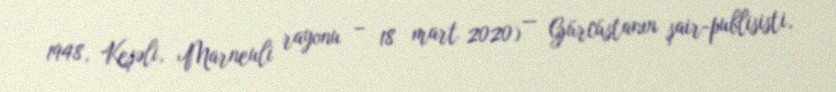
1948, Keşəli, Marneuli rayonu – 18 mart 2020) — Gürcüstanın şair-publisisti,